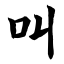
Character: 叫